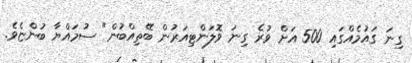
ގިނަ ގައުމެއްގައި 500 އަށް ވުރެ ގިނަ ވޮލަންޓިއަރުން ބޭތިއްބުން" ސުމައްޔާ ބުންޏެވެ.